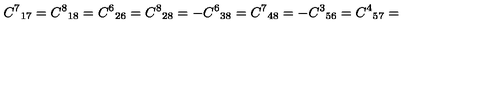
{ C ^ { 7 } } _ { 1 7 } = { C ^ { 8 } } _ { 1 8 } = { C ^ { 6 } } _ { 2 6 } = { C ^ { 8 } } _ { 2 8 } = - { C ^ { 6 } } _ { 3 8 } = { C ^ { 7 } } _ { 4 8 } = - { C ^ { 3 } } _ { 5 6 } = { C ^ { 4 } } _ { 5 7 } =